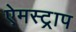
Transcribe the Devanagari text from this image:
ऐमस्ट्राप